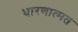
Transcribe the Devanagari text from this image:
धारणात्मत